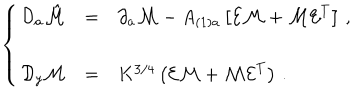
\left\{ \begin{array} { r c l } { { { \cal D } _ { a } \hat { \cal M } } } & { { = } } & { { \partial _ { a } { \cal M } - A _ { ( 1 ) a } \left[ { \cal E } { \cal M } + { \cal M } { \cal E } ^ { T } \right] \, , } } \\ { { } } & { { } } & { { } } \\ { { { \cal D } _ { y } { \cal M } } } & { { = } } & { { K ^ { 3 / 4 } \left( { \cal E } { \cal M } + { \cal M } { \cal E } ^ { T } \right) \, . } } \\ \end{array} \right.